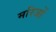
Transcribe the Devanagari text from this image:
मरिजों